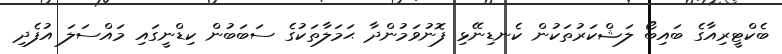
ބެކްޓީރިއާގެ ބައިބޯ ލަޝްކަރުތަކުން ކެނޑިނޭޅި ފޮނުވަމުންދާ ޙަމަލާތަކުގެ ސަބަބުން ކިޑްނީގައި މައްސަލަ އުފެދި